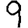
Digit: 9